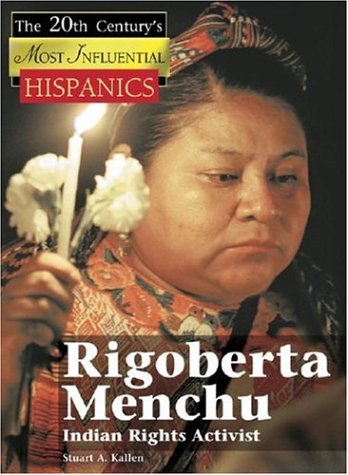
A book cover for Rigoberta Menchu: Indian Rights Activist (The Twentieth Century's Most Influential Hispanics); Stuart A. Kallen; Teen & Young Adult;